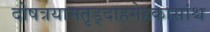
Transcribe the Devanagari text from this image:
दोषत्रयामतृड्दाहमेहकासांश्च